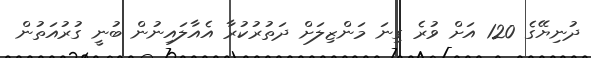
ދުނިޔޭގެ 120 އަށް ވުރެ ގިނަ މަންޒިލަށް ދަތުރުކުރާ އެއާލައިނުން ބުނީ ގުރުއަތުން